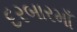
દરબારમાઁ